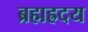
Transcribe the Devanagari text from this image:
ब्रह्मह्रदय